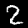
Label: 2